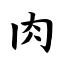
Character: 肉